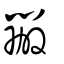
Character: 辦